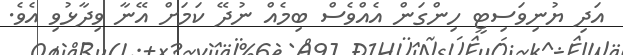
އަދި ޔުނިވަސިޓީ ހިންގަން އެއްވެސް ބިމެއް ނުދޭ ކަމަށް އޭނާ ވިދާޅުވި އެވެ.